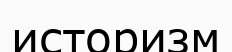
историзм